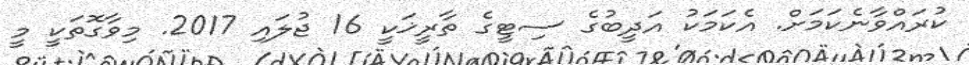
ކުރައްވާނެކަމަށް. އެކަމަކު އަދީބުގެ ސިޓީގެ ތާރީޚަކީ 16 ޖުލައި 2017. މިވާގޮތަކީ މީ